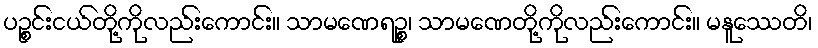
ပဉ္စင်းငယ်တို့ကိုလည်းကောင်း။ သာမဏေရဉ္စ၊ သာမဏေတို့ကိုလည်းကောင်း။ မနူဿေတိ၊